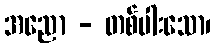
အညော - တစ်ပါးသော၊